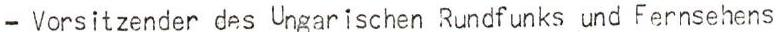
- Vorsitzender des Ungarischen Rundfunks und Fernsehens